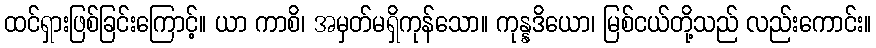
ထင်ရှားဖြစ်ခြင်းကြောင့်။ ယာ ကာစိ၊ အမှတ်မရှိကုန်သော။ ကုန္နဒိယော၊ မြစ်ငယ်တို့သည် လည်းကောင်း။